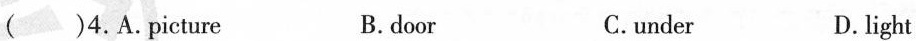
( )4.A.Picture B.door C.under D.light